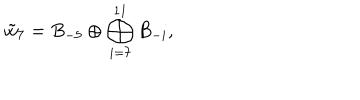
LaTeX: \tilde { w } _ { 7 } = B _ { - 5 } \oplus \bigoplus _ { i = 7 } ^ { 1 1 } B _ { - i } ,